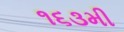
૧૬૩મી